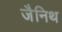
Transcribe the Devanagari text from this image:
जैनिथ